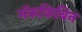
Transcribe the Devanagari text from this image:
मॅककिबिन